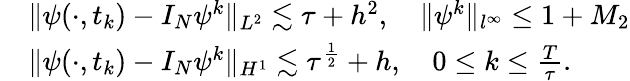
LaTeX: \begin{array}{rl}&{\| \psi(\cdot,t_{k})-I_{N}\psi^{k}\| _{L^{2}}\lesssim\tau+h^{2},\quad\| \psi^{k}\| _{l^{\infty}}\leq 1+M_{2}}\\ &{\| \psi(\cdot,t_{k})-I_{N}\psi^{k}\| _{H^{1}}\lesssim\tau^{\frac{1}{2}}+h,\quad 0\leq k\leq\frac{T}{\tau}.}\end{array}